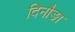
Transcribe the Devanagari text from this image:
दिनौङा